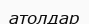
атолдар